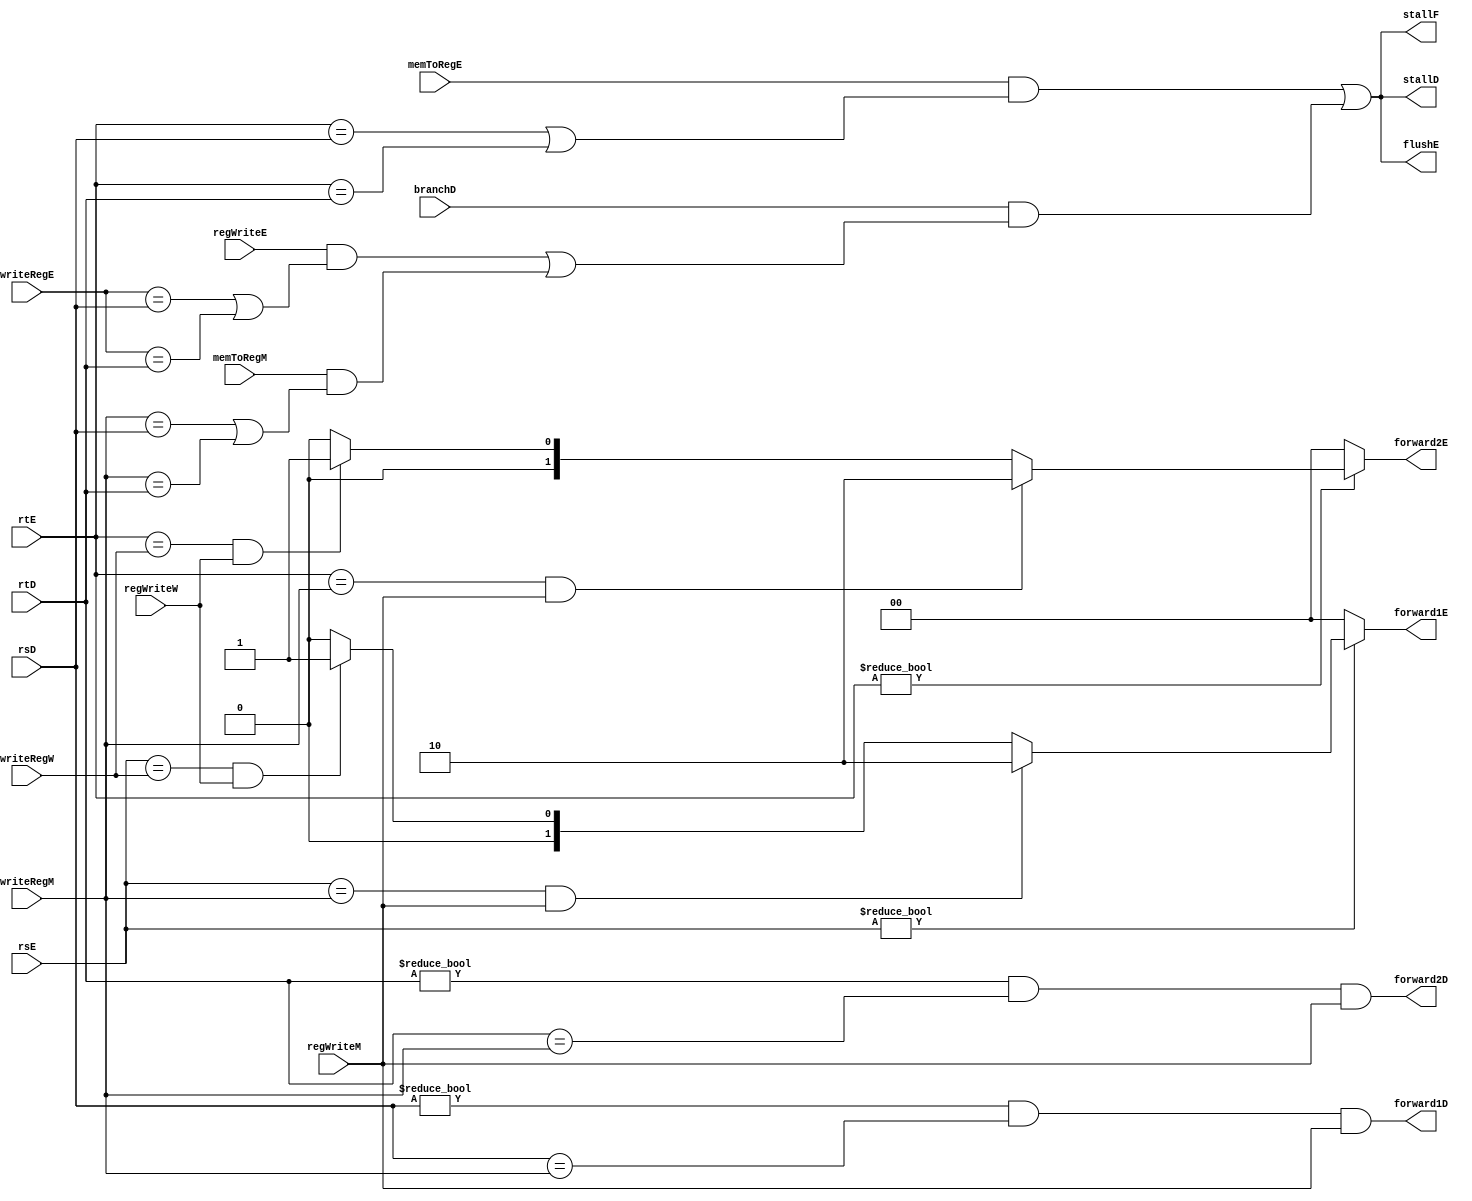
module hazard (
    input  wire       regWriteE ,regWriteM, regWriteW, memToRegE, memToRegM, branchD,
    input  wire[4:0]  rsD, rtD, rsE, rtE, writeRegE, writeRegM, writeRegW,

    output wire       forward1D, forward2D, flushE, stallF, stallD,
    output reg[1:0]   forward1E, forward2E
);
    wire lwStallD, branchStallD;

    assign forward1D = (rsD != 6'b0 & rsD == writeRegM & regWriteM);
	assign forward2D = (rtD != 6'b0 & rtD == writeRegM & regWriteM);

    always @(*) begin
        forward1E = 2'b00;
        forward2E = 2'b00;

        if (rsE != 0) begin
            if (rsE == writeRegM && regWriteM) begin
                forward1E = 2'b10;
            end
            else if (rsE == writeRegW && regWriteW) begin
                forward1E = 2'b01;
            end
        end

        if (rtE != 0) begin
            if (rtE == writeRegM && regWriteM) begin
                forward2E = 2'b10;
            end
            else if (rtE == writeRegW && regWriteW) begin
                forward2E = 2'b01;
            end
        end
    end
   
    assign  lwStallD = memToRegE & (rtE == rsD | rtE == rtD);
	assign  branchStallD = branchD &
				(regWriteE & 
				(writeRegE == rsD | writeRegE == rtD) |
				memToRegM &
				(writeRegM == rsD | writeRegM == rtD));
	assign  stallD = lwStallD | branchStallD;
	assign  stallF = stallD;
	//stalling D stalls all previous stages
	assign  flushE = stallD;

endmodule